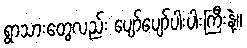
ရွာသားတွေလည်း ပျော်ပျော်ပါးပါးကြီးနဲ့။